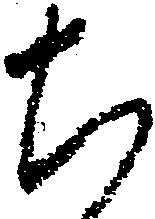
ち